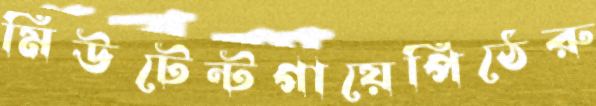
মিউটেন্টগায়েপিঠেরু